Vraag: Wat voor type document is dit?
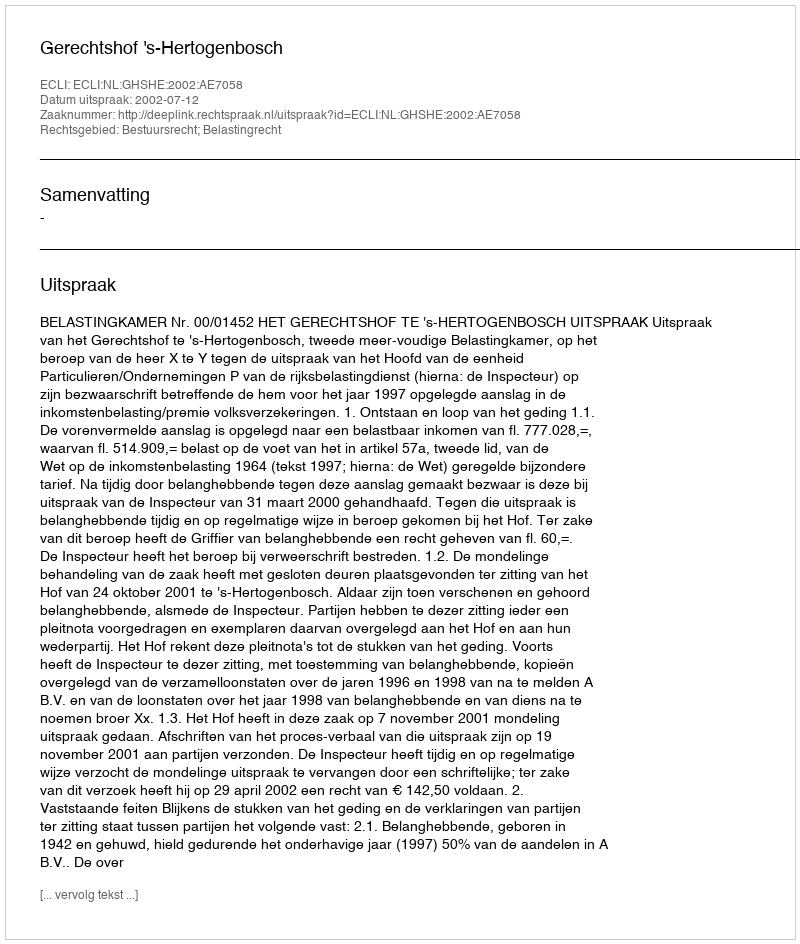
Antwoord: Uitspraak